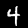
Label: 4